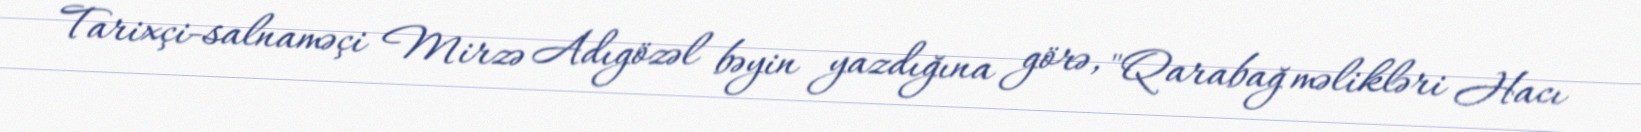
Tarixçi-salnaməçi Mirzə Adıgözəl bəyin yazdığına görə, "Qarabağ məlikləri Hacı